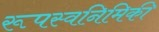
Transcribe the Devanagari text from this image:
रूपस्वनिमिकी